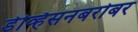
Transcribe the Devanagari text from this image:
डेव्हिसनबरोबर